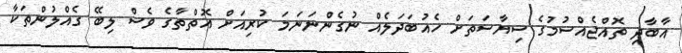
އާބާދި ތޮއްޖެއްސުމުގެ ސިޔާސަތަށް ހެއުބަދަލެއް ނުގެންނަނަމަ ކުރިއަށް އޮތްތާގެ ވެސް ލިބޭ ގެއްލުންތަކާ